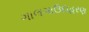
ગાલગાઉદાહરણ